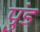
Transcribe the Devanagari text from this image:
पुंड